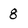
Character: 8